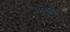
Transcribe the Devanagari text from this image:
तोडकरी